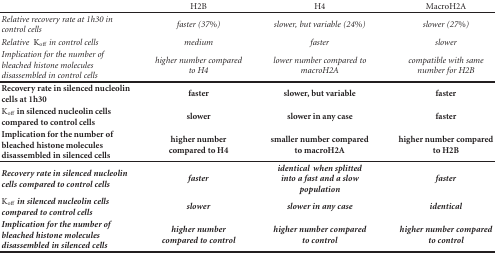
|  | H2B | H4 | MacroH2A |
 | --- | --- | --- | --- |
 | Relative recovery rate at 1h30 in control cells | faster (37%) | slower, but variable (24%) | slower (27%) |
 | Relative Koff in control cells | medium | faster | slower |
 | Implication for the number of bleached histone molecules disassembled in control cells | higher number compared to H4 | lower number compared to macroH2A | compatible with same number for H2B |
 | Recovery rate in silenced nucleolin cells at 1h30 | faster | slower, but variable | faster |
 | Koff in silenced nucleolin cells compared to control cells | slower | slower in any case | faster |
 | Implication for the number of bleached histone molecules disassembled in silenced cells | higher number compared to H4 | smaller number compared to macroH2A | higher number compared to H2B |
 | Recovery rate in silenced nucleolin cells compared to control cells | faster | identicalwhen splitted into a fast and a slow population | faster |
 | Koffin silenced nucleolin cells compared to control cells | slower | slower in any case | identical |
 | Implication for the number of bleached histone molecules disassembled in silenced cells | higher number compared to control | higher number compared to control | higher number compared to control |